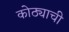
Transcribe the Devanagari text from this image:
कोठ्याची